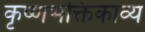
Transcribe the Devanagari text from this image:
कृष्णभक्तिकाव्य